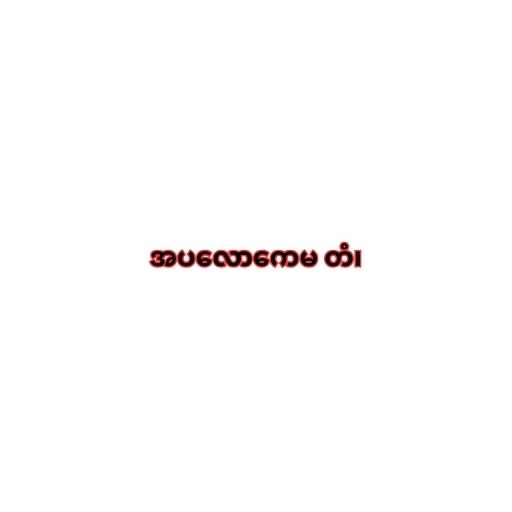
အပလောကေမ တံ၊